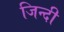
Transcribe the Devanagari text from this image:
जिन्दी